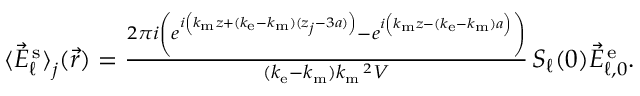
\begin{array} { r } { \langle \vec { E } _ { \ell } ^ { \mathrm { \, s } } \rangle _ { { \textstyle \mathstrut } j } ( \vec { r } ) = \frac { 2 \pi i \left( e ^ { i \left( k _ { \mathrm { m } } z + ( k _ { \mathrm { e } } - k _ { \mathrm { m } } ) ( z _ { j } - 3 a ) \vphantom { b ^ { 2 } } \right) } - e ^ { i \left( k _ { \mathrm { m } } z - ( k _ { \mathrm { e } } - k _ { \mathrm { m } } ) a \vphantom { b ^ { 2 } } \right) } \right) } { ( k _ { \mathrm { e } } - k _ { \mathrm { m } } ) k _ { \mathrm { m } } \, \! \! \, \! \, \, \! \, \, \! \! \, \! \, \, \! \! \, \! \! \, \! \, \, \! \! \, \! \! \, \! \, \, \! \, \, \! \! \, \! \, \, \! \! \, \! \! \, \! \, \, \! \, \, \! \! \, \! \, \, \! \, \, \! \! \, \! \, \, \! \! \, \! \! \, \! \, \, \! \, \, \! \! \, \! \, \, \! \, \, \! \! ^ { 2 } V } \, S _ { \ell } ( 0 ) \vec { E } _ { \ell , 0 } ^ { \mathrm { \, e } } . } \end{array}